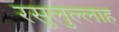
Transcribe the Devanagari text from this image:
रसूलुल्‍लाह